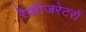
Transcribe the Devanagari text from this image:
रेफ्रीजरेटरों